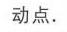
动点.